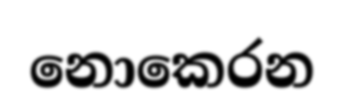
නොකෙරන